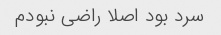
سرد بود اصلا راضی نبودم